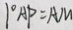
1 ^ { \circ } A P = A M